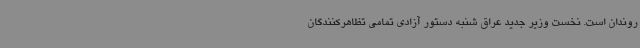
روندان است. نخست وزیر جدید عراق شنبه دستور آزادی تمامی تظاهرکنندگان